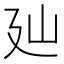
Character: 𢌚